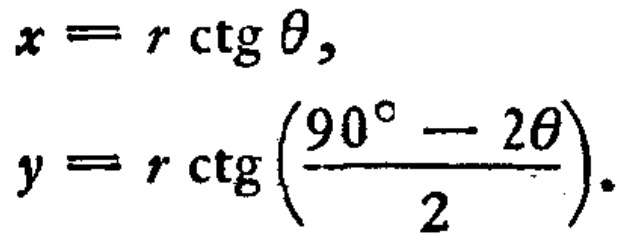
\[

x = r \ctg \theta, \\

y = r \ctg \left(\frac{90^{\circ} - 2\theta}{2}\right).

\]